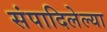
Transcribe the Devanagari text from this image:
संपादिलेल्या